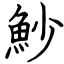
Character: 魦